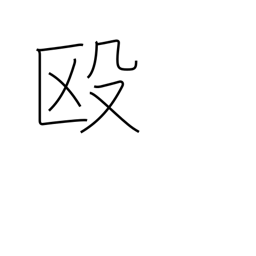
Meaning: beat